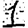
Digit: 1